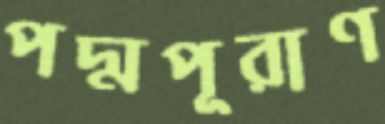
পদ্মপূরাণ